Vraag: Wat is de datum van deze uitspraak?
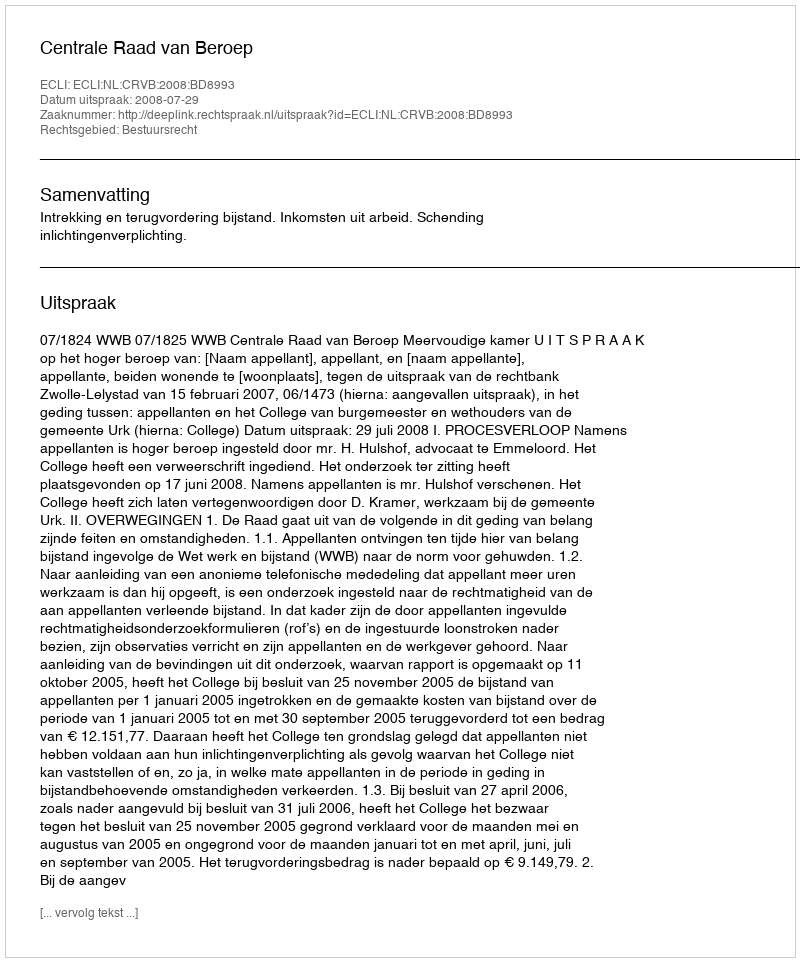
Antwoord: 2008-07-29